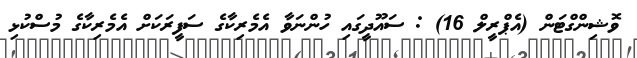
ވޮޝިންގްޓަން (އެޕްރީލް 16) : ސައޫދީގައި ހުންނަވާ އެމެރިކާގެ ސަފީރަކަށް އެމެރިކާގެ މުސްކުޅި